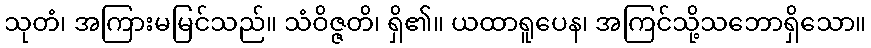
သုတံ၊ အကြားမမြင်သည်။ သံဝိဇ္ဇတိ၊ ရှိ၏။ ယထာရူပေန၊ အကြင်သို့သဘောရှိသော။